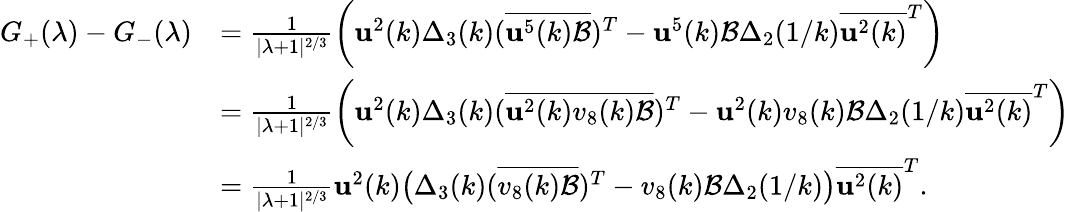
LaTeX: \begin{array}{rl}{G_{+}(\lambda)-G_{-}(\lambda)}&{=\frac{1}{|\lambda+1|^{2/3}}\bigg(\mathbf{u}^{2}(k)\Delta_{3}(k)(\overline{{\mathbf{u}^{5}(k)\mathcal{B}}})^{T}-\mathbf{u}^{5}(k)\mathcal{B}\Delta_{2}(1/k)\overline{{\mathbf{u}^{2}(k)}}^{T}\bigg)}\\ &{=\frac{1}{|\lambda+1|^{2/3}}\bigg(\mathbf{u}^{2}(k)\Delta_{3}(k)(\overline{{\mathbf{u}^{2}(k)v_{8}(k)\mathcal{B}}})^{T}-\mathbf{u}^{2}(k)v_{8}(k)\mathcal{B}\Delta_{2}(1/k)\overline{{\mathbf{u}^{2}(k)}}^{T}\bigg)}\\ &{=\frac{1}{|\lambda+1|^{2/3}}\mathbf{u}^{2}(k)\big(\Delta_{3}(k)(\overline{{v_{8}(k)\mathcal{B}}})^{T}-v_{8}(k)\mathcal{B}\Delta_{2}(1/k)\big)\overline{{\mathbf{u}^{2}(k)}}^{T}.}\end{array}